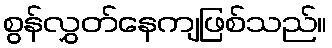
စွန်လွှတ်နေကျဖြစ်သည်။